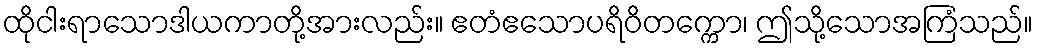
ထိုငါးရာသောဒါယကာတို့အားလည်း။ ဧတံဧသောပရိဝိတက္ကော၊ ဤသို့သောအကြံသည်။